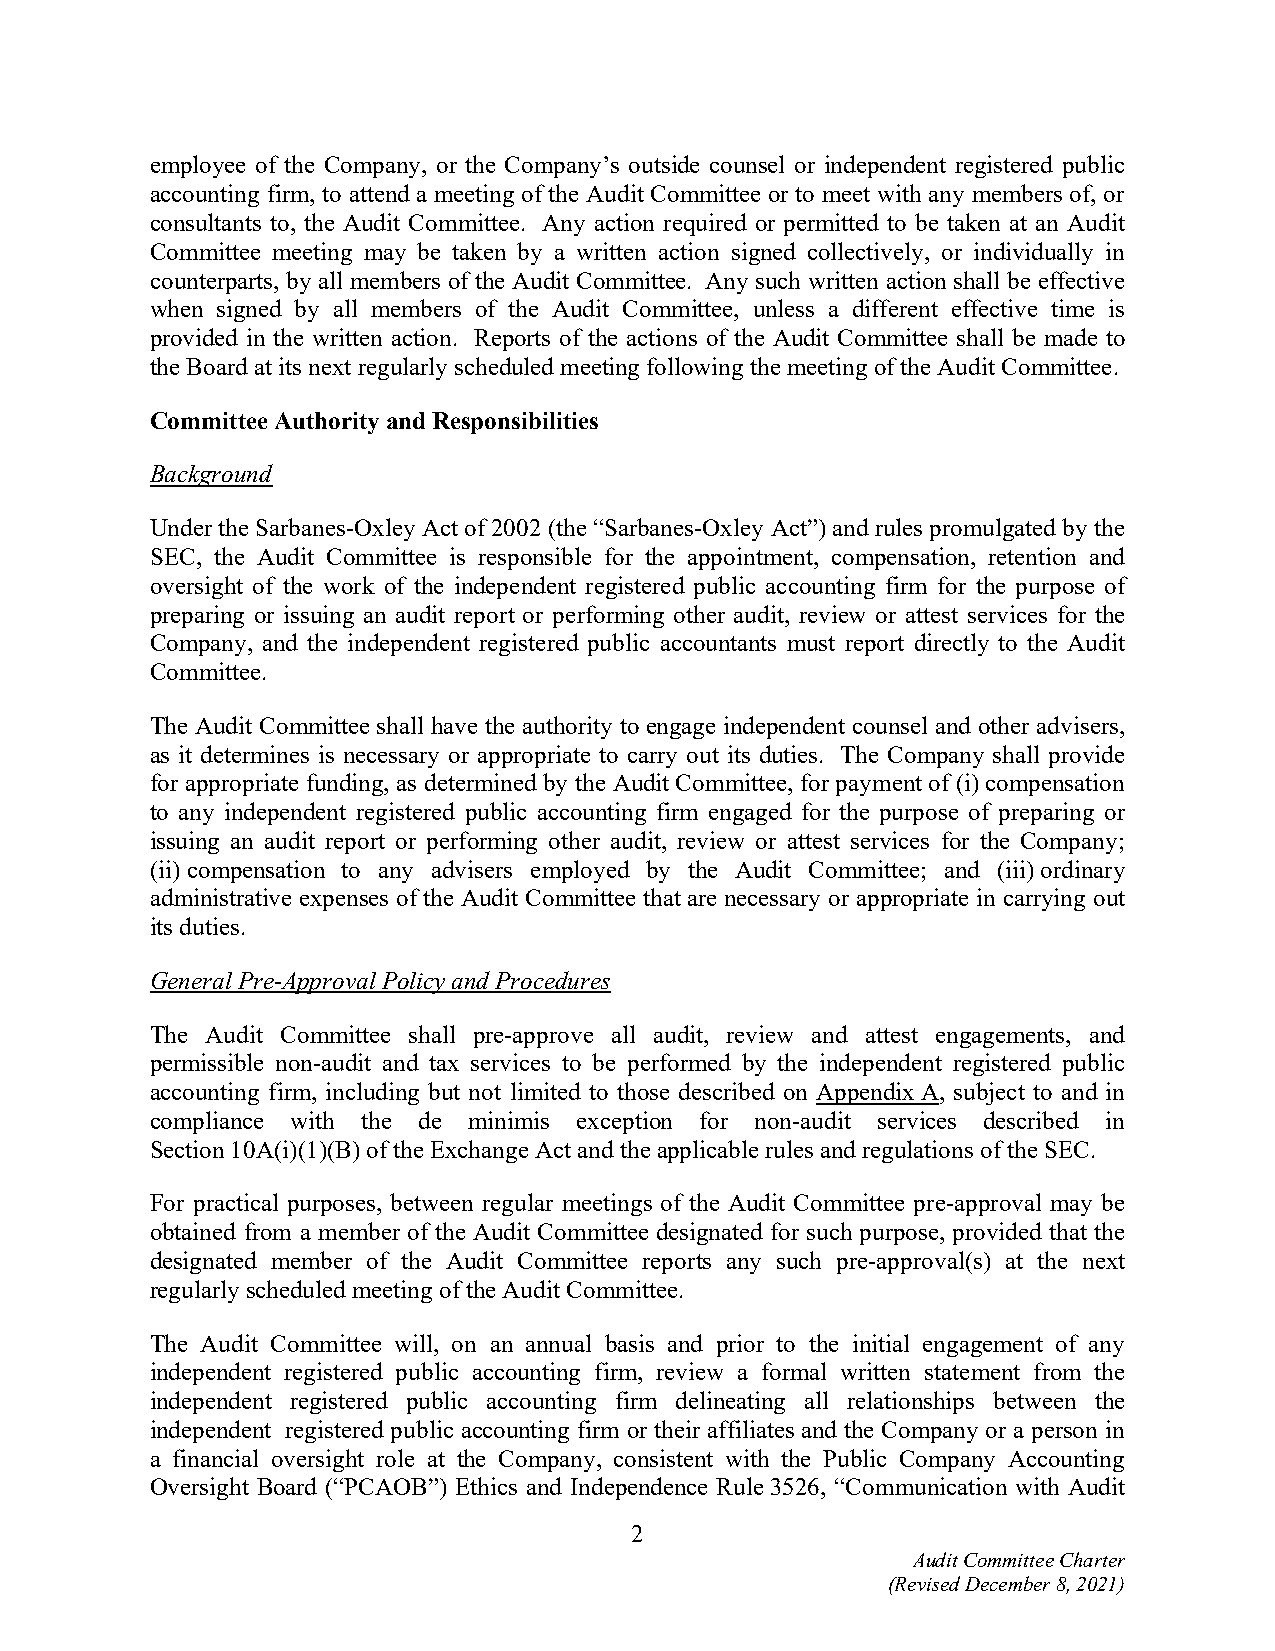
employee of the Company, or the Company’s outside counsel or independent registered public
 accounting firm, to attend a meeting of the Audit Committee or to meet with any members of, or
 consultants to, the Audit Committee. Any action required or permitted to be taken at an Audit
 Committee meeting may be taken by a written action signed collectively, or individually in
 counterparts, by all members of the Audit Committee. Any such written action shall be effective
 when signed by all members of the Audit Committee, unless a different effective time is
 provided in the written action. Reports of the actions of the Audit Committee shall be made to
 the Board at its next regularly scheduled meeting following the meeting of the Audit Committee.
 Committee Authority and Responsibilities
 Background
 Under the Sarbanes-Oxley Act of 2002 (the “Sarbanes-Oxley Act”) and rules promulgated by the
 SEC, the Audit Committee is responsible for the appointment, compensation, retention and
 oversight of the work of the independent registered public accounting firm for the purpose of
 preparing or issuing an audit report or performing other audit, review or attest services for the
 Company, and the independent registered public accountants must report directly to the Audit
 Committee.
 The Audit Committee shall have the authority to engage independent counsel and other advisers,
 as it determines is necessary or appropriate to carry out its duties. The Company shall provide
 for appropriate funding, as determined by the Audit Committee, for payment of (i) compensation
 to any independent registered public accounting firm engaged for the purpose of preparing or
 issuing an audit report or performing other audit, review or attest services for the Company;
 (ii) compensation to any advisers employed by the Audit Committee; and (iii) ordinary
 administrative expenses of the Audit Committee that are necessary or appropriate in carrying out
 its duties.
 General Pre-Approval Policy and Procedures
 The Audit Committee shall pre-approve all audit, review and attest engagements, and
 permissible non-audit and tax services to be performed by the independent registered public
 accounting firm, including but not limited to those described on Appendix A, subject to and in
 compliance with the de minimis exception for non-audit services described in
 Section 10A(i)(1)(B) of the Exchange Act and the applicable rules and regulations of the SEC.
 For practical purposes, between regular meetings of the Audit Committee pre-approval may be
 obtained from a member of the Audit Committee designated for such purpose, provided that the
 designated member of the Audit Committee reports any such pre-approval(s) at the next
 regularly scheduled meeting of the Audit Committee.
 The Audit Committee will, on an annual basis and prior to the initial engagement of any
 independent registered public accounting firm, review a formal written statement from the
 independent registered public accounting firm delineating all relationships between the
 independent registered public accounting firm or their affiliates and the Company or a person in
 a financial oversight role at the Company, consistent with the Public Company Accounting
 Oversight Board (“PCAOB”) Ethics and Independence Rule 3526, “Communication with Audit
 2
 Audit Committee Charter
 (Revised December 8, 2021)